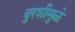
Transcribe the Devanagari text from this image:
बुरशीमुळे